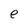
Character: e